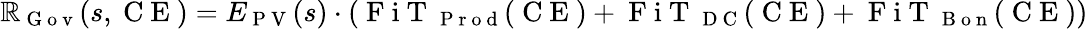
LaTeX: \mathbb{R}_{\mathrm{{~G~o~v~}}}(s,\mathrm{{~C~E~}})=E_{\mathrm{{~P~V~}}}(s)\cdot(\mathrm{{~F~i~T~}}_{\mathrm{{~P~r~o~d~}}}(\mathrm{{~C~E~}})+\mathrm{{~F~i~T~}}_{\mathrm{{~D~C~}}}(\mathrm{{~C~E~}})+\mathrm{{~F~i~T~}}_{\mathrm{{~B~o~n~}}}(\mathrm{{~C~E~}}))